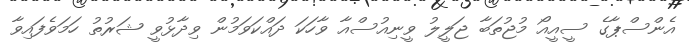
އެންސްޕާގެ ސީއީއޯ މުޖުތަބާ ޖަލީލު ވީނިއުސްއާ ވާހަކަ ދައްކަވަމުން ވިދާޅުވީ ޝަރުތު ހަމަވެފައިވާ